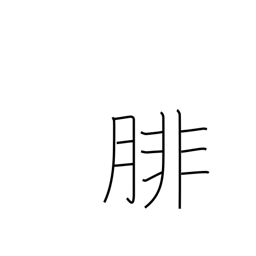
Meaning: calf (of leg)